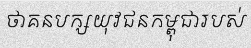
ថាគនបក្សយុវជនកម្ពុជារបស់